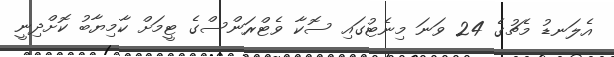
އެލަނޑު މެޗުގެ 24 ވަނަ މިނެޓުގައި ސޮކާ ވެޓްރަންސްގެ ޓީމަށް ކާމިޔާބު ކޮށްދިނީ